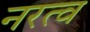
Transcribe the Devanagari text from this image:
नरत्व